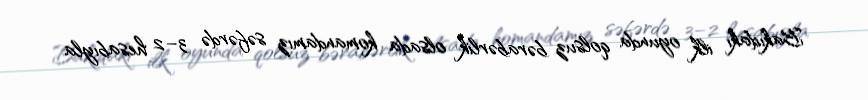
Bakıdakı ilk oyunda qolsuz bərabərlik olsada komandamız səfərdə 3–2 hesabıyla